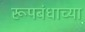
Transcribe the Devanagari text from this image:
रूपबंधाच्या